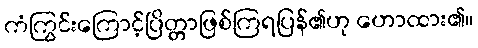
ကံကြွင်းကြောင့်ပြိတ္တာဖြစ်ကြရပြန်၏ဟု ဟောထား၏။